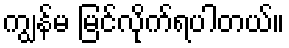
ကျွန်မ မြင်လိုက်ရပါတယ်။